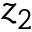
z _ { 2 }